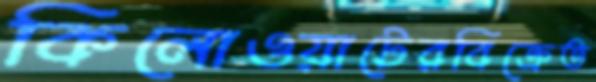
কিলোওয়াটেরবিক্রেত